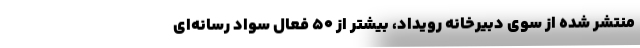
منتشر شده از سوی دبیرخانه رویداد، بیشتر از ۵۰ فعال سواد رسانه­‌ای